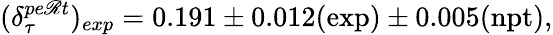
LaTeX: (\delta_{\tau}^{pe\mathscr{R}t})_{exp}=0.191\pm0.012(\mathrm{{exp}})\pm0.005(\mathrm{{npt}}),